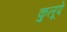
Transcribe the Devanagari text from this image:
कुलूपे